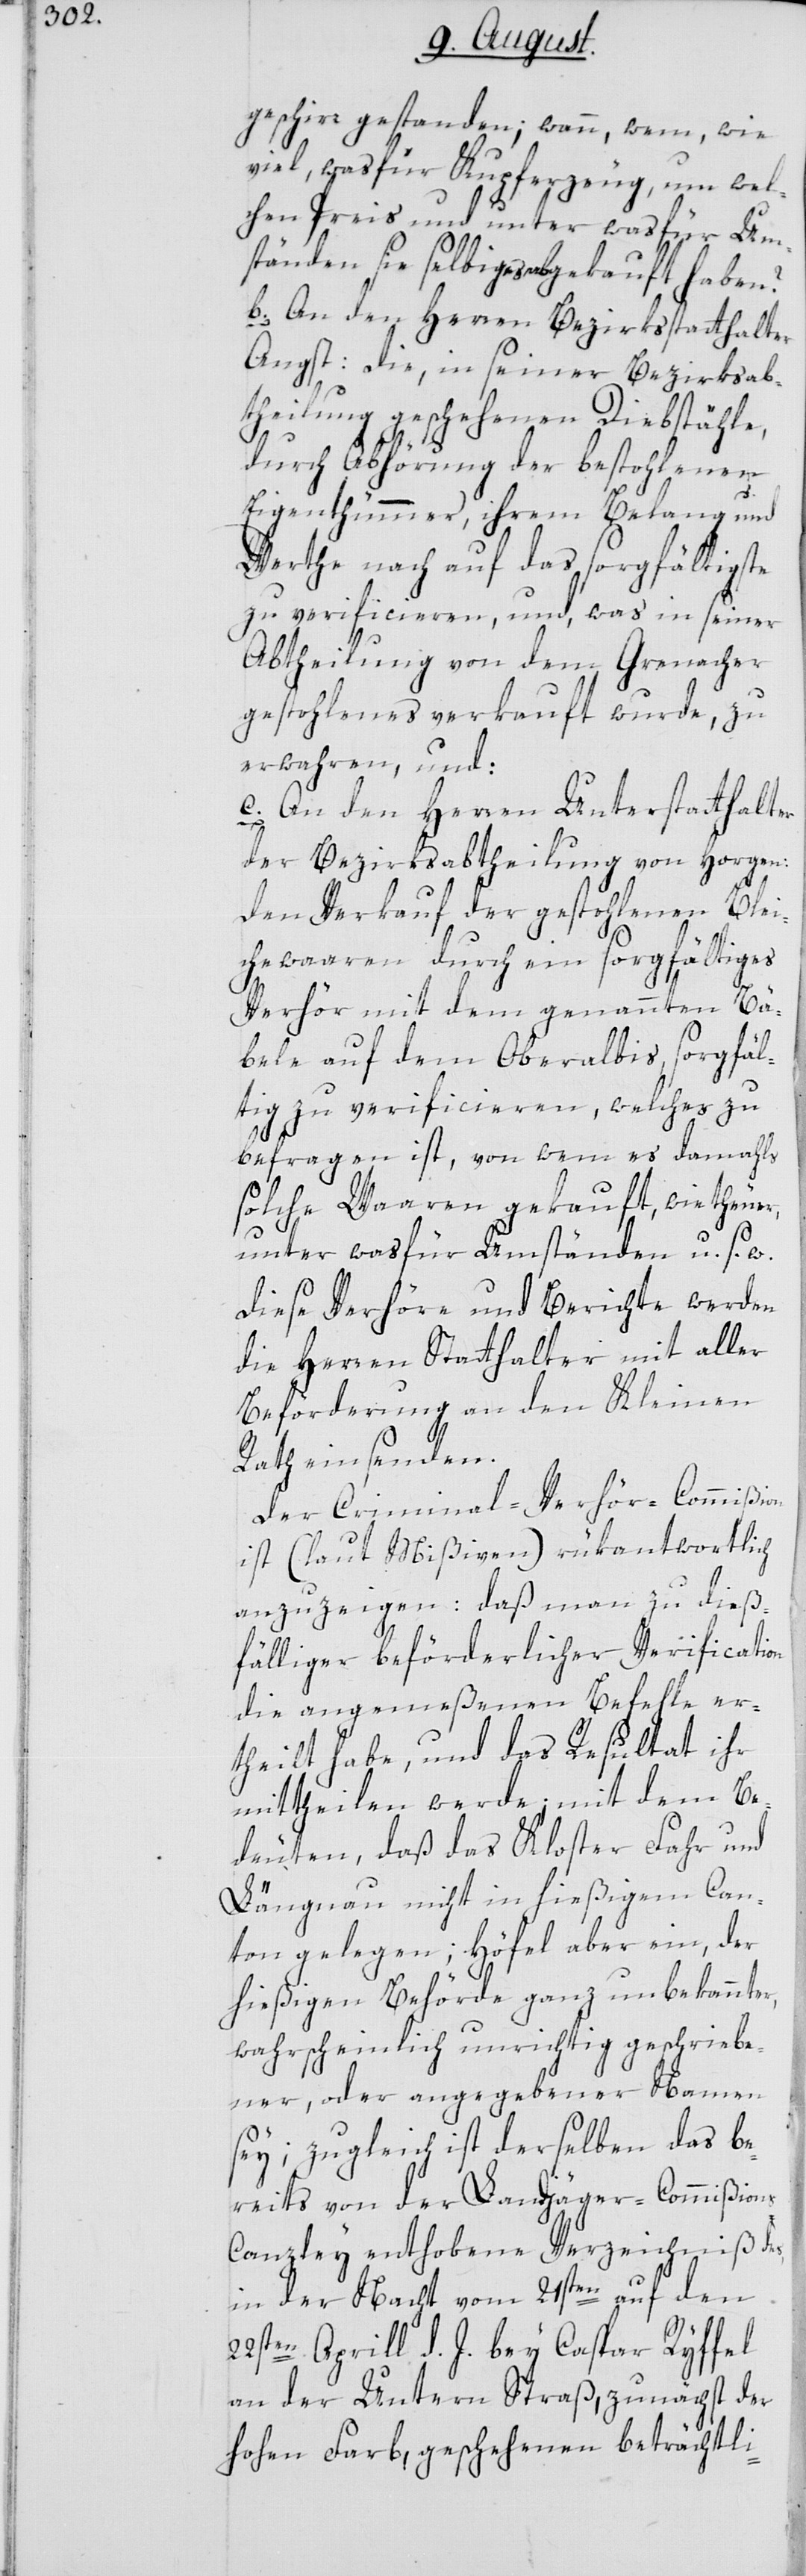
geschirr gestanden; wann, wem, wie
viel, was für Kupferzeug, um wel¬
chen Preis und unter was für Um¬
ständen sie selbiges abgekauft haben?
b. An den Herren Bezirksstatthalter
Angst: Die, in seiner Bezirksab¬
theilung geschehenen Diebstähle,
durch Abhörung der bestohlenen
Eigenthümmer, ihrem Belang und
Werthe nach auf das sorgfältigste
zu verificieren, und, was in seiner
Abtheilung von dem Grenacher
gestohlenes verkauft wurde, zu
erwahren, und:
c. An den Herren Unterstatthalter
der Bezirksabtheilung von Horgen:
Den Verkauf der gestohlenen Blei¬
chewaaren durch ein sorgfältiges
Verhör mit dem genannten Bä¬
bele auf dem Oberalbis, sorgfäl¬
tig zu verificieren, welches zu
befragen ist, von wem es damahls
solche Waaren gekauft, wie theuer,
unter wasfür Umständen u. s. w.
Diese Verhöre und Berichte werden
die Herren Statthalter mit aller
Beförderung an den Kleinen
Rath einsenden.
Der Criminal-Verhör-Commißion
ist (laut Mißiven) rükantwortlich
anzuzeigen: daß man zu dieß¬
fälliger beförderlicher Verification
die angemeßenen Befehle er¬
theilt habe, und das Resultat ihr
mittheilen werde; mit dem Be¬
deuten, daß das Kloster Fahr und
Längnau nicht im hießigen Can¬
ton gelegen; Höfel aber ein, der
hießigen Behörde ganz unbekannter,
wahrscheinlich unrichtig geschriebe¬
ner, oder angegebener Namen
sey; zugleich ist derselben das be¬
reits von der Landjäger-Commißion¬
s-Canzley enthobene Verzeichniß des
in der Nacht vom 21sten auf den
22sten Aprill d. J. bey Caspar Ryffel
an der Unteren Straß, zunächst der
hohen Farb, geschehenen beträchtli-